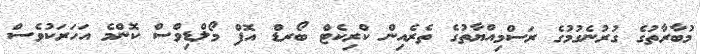
މުބާރާތުގެ ގުރުނެގުމުގެ ރަސްމިއްޔާތުގެ ތެރެއިން ކްރިކެޓް ބޯރޑް އޮފް މޯލްޑިވްސް ކޮންމެ އަހަރަކުވެސް